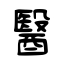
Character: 醫